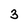
Character: 3